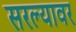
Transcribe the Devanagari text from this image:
सरल्यावर